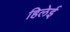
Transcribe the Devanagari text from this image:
हिलेई